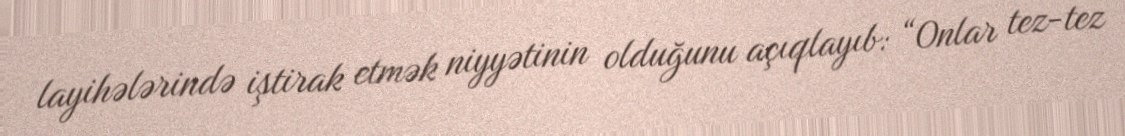
layihələrində iştirak etmək niyyətinin olduğunu açıqlayıb: “Onlar tez-tez